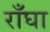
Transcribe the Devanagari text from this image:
राँघा